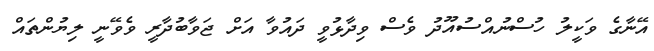
އޭނާގެ ވަކީލު ހުސްނުއްސުއޫދު ވެސް ވިދާޅުވީ ދައުވާ އަށް ޖަވާބުދާރީ ވެވޭނީ ލިޔުންތައް